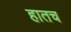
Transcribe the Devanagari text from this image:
हातच